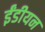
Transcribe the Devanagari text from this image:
ईंडीयन